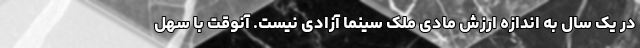
در یک سال به اندازه ارزش مادی ملک سینما آزادی نیست. آنوقت با سهل‌